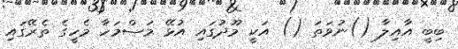
ބިބީ އާއިލާ ()ނުވަތަ () އަކީ މޫދުގައި އުޅޭ މަސްމަހާ މެހީގެ ތެރޭގައި